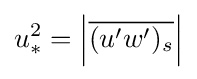
u_{*}^{2}=\left|{\overline {(u'w')_{s}}}\right|